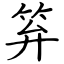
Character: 笲